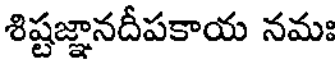
శిష్టజ్ఞానదీపకాయ నమః